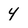
Character: 4